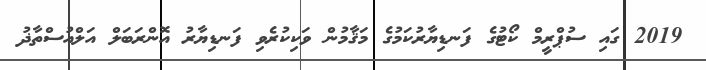
2019 ގައި ސުޕްރީމް ކޯޓުގެ ފަނޑިޔާރުކަމުގެ މަޤާމުން ވަކިކުރެވި ފަނޑިޔާރު އޮންރަބަލް އަލްއުސްތާޛު